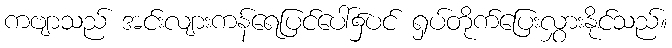
ကဗျာသည် အင်းလျားကန်ရေပြင်ပေါ်၌ပင် ရှပ်တိုက်ပြေးလွှားနိုင်သည်။